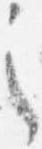
之